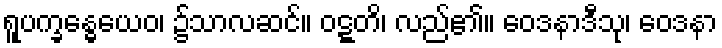
ရူပက္ခန္ဓေယေဝ၊ ၌သာလဆင်။ ဝဋ္ဋတိ၊ လည်၏။ ဝေဒနာဒီသု၊ ဝေဒနာ